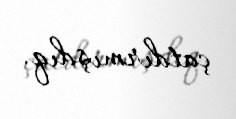
çatdırmışdıq.